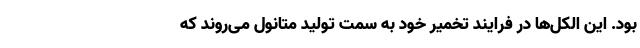
بود. این الکل‌ها در فرایند تخمیر خود به سمت تولید متانول می‌روند که